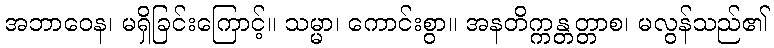
အဘာဝေန၊ မရှိခြင်းကြောင့်။ သမ္မာ၊ ကောင်းစွာ။ အနတိက္ကန္တတ္တာစ၊ မလွန်သည်၏